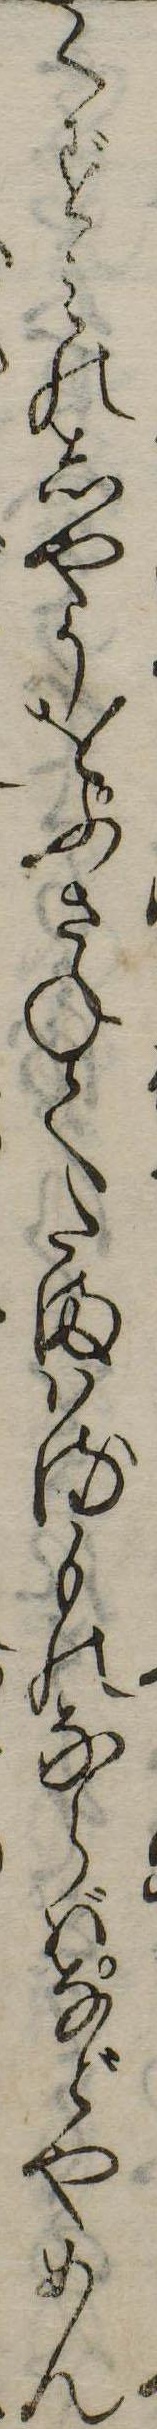
くずみのしやうをふさねてたまはるものならばなどやめん